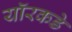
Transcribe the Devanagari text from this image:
यॉरकडे